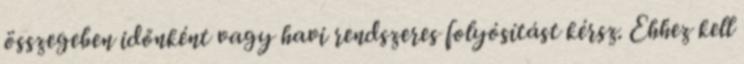
összegeben időnként vagy havi rendszeres folyósítást kérsz. Ehhez kell